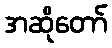
အဆိုတော်